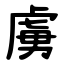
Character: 虜